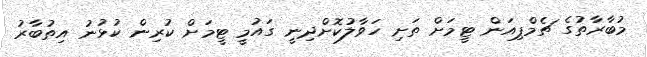
މުބާރާތުގެ ޗެމްޕިއަން ޓީމަށް ތަށި ހަވާލުކޮށްދިނީ ގައުމީ ޓީމަށް ކުރިން ކުޅުނު އިތުބާރު